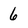
Character: 6